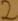
Text: 2